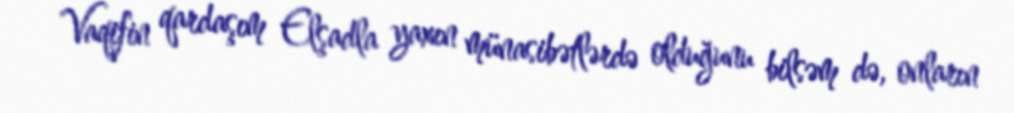
Vaqifin qardaşım Elşadla yaxın münasibətlərdə olduğunu bilsəm də, onların